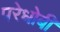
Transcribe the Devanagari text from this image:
परेधोबी